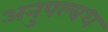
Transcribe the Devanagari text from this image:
अनुपल्बध